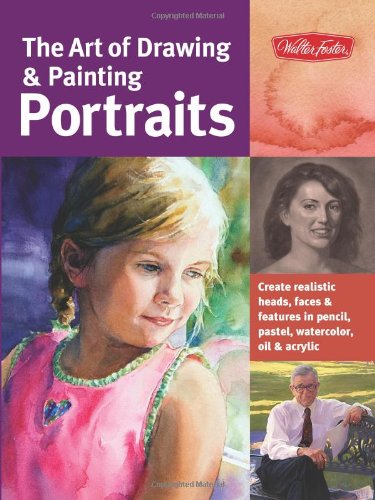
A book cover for The Art of Drawing & Painting Portraits: Create realistic heads, faces & features in pencil, pastel, watercolor, oil & acrylic (Collector's Series); Tim Chambers; Arts & Photography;